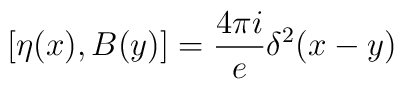
[\eta(x),B(y)]=\frac {4\pi i}{e}\delta^2(x-y)